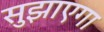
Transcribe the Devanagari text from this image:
सुझाएगा